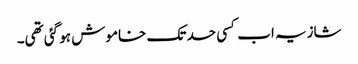
شازیہ اب کسی حد تک خاموش ہو گئی تھی۔